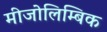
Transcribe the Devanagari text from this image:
मीजोलिम्बिक